Cholera in southern India
Disease focus: Cholera
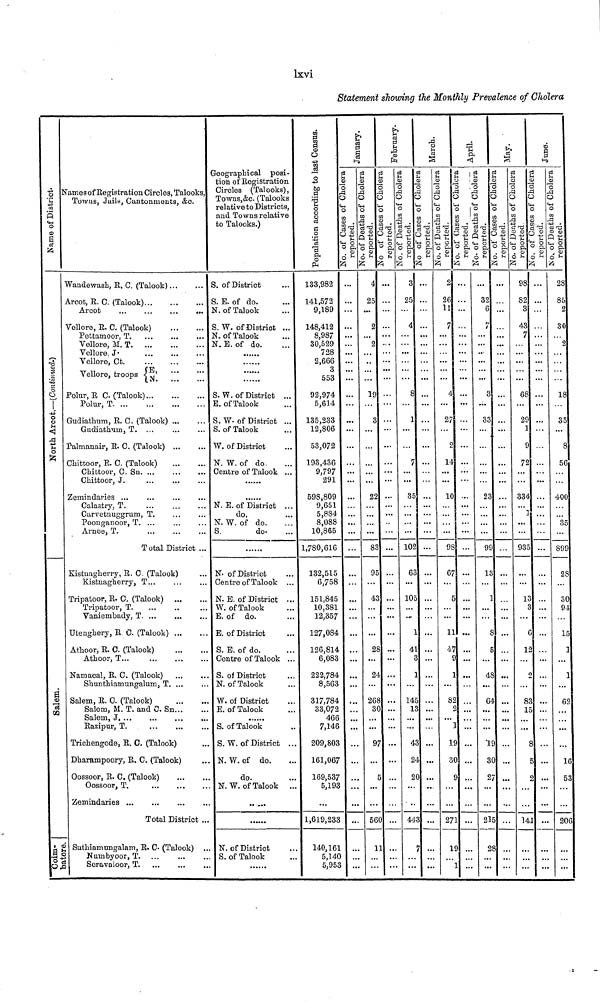
lxvi
Statement showing the Monthly Prevalence of Cholera
Names of District.
North Arcot, –(Continued)
***
Salem
***
Coim- batore.
Names of Registration Circles, Talooks,
Towns, Jails, Cantonments, &c.
Wandewash, R, C. (Talook) ... ...
Arcot, R. C. (Talook)... ... ...
Arcot
...
...
...
...
Vellore, R. C. (Talook) ... ...
Pettamoor, T. ... ... ...
Vellore, M. T
...
...
...
Vellore, J. ...
Vellore, Ct
.
...
Vellore, troope E, ... ...
N. ... ...
Polur, R C. (Talook) ... ... ...
Polur, T . ... ... ... ...
Gudiathum, R. C. (Talook) ... ...
Gudiathum, T . ... ... ...
Palmanair, R. C. (Talook) ... ...
Chittoor, R. C. (Talook)
...
...
Chittoor, C. Sn . ... ... ...
Chittoor, J. ... ... ...
Zemindariea ... ... ... ...
Calastry,
T.
...
...
...
Carvetnuggrum, T. ... ...
Poonganoor, T. ... ... ...
Arnee, T. ... .... ...
T otal District ...
Kistnagherry, R. C (Talook) ...
Kistnagherry, T... ... ...
Tripatoor, R. C. (Talook) ... ...
Tripatoor, T. ... .. ...
Vaniembady, T. ... .. ...
Utenghery, R C. (Talook) ... ...
Athoor, R. C. (Talook) ... ...
Athoor, T .... .... ... ...
Nam acal, R. C. (Talook) ... ...
Shunthiamungalum, T. ... ...
Salem, R. C. (Talook) ... ...
Salem, M. T. and C. Sn... ...
Salem, J. ... ... ... ...
Razipur, T. ... ... ...
Trichengode, R. C. (Talook) ...
Dliarampoory, R. C. (Talook) ...
Oossoor, R. C. (Talook)
...
...
Oossoor, T.
... ... ...
Zemindaries ... ... ... ...
Total District ...
Suthiamungalam, R. C. (Talook) ...
Numbyoor, T . ... ... ...
Seravaloor, T. ... ... ...
Geographical posi-
tion of Registration
Circles (Talooks),
Towns,&c. (Talooks
relative to Districts,
and Towns relative
to Talooks.)
S. of District ...
S. E. of do. ...
N. of Talook ...
S. W. of Distriot ...
N. of Talook ...
N. E. of do. ...
S. W. of District ...
E. of Talook ....
S. W. of District ...
S. of Talook ...
W. of District ...
N. W. of do. ...
Centre of Talook ...
......
N. E. of District ...
do ....
N. W. of do. ...
S.
do. ...
......
N. of District ...
Centro of Talook ...
N. E. of District . ..
W. of Talook ...
E. of do. ...
E. of District ...
S. E. of do. ...
Centre of Talook ...
S. of District ...
N. of Talook ...
W. of District ...
E. of Talook ...
S. of Talook ...
. S. W. of District ...
. N. W. of do. ...
do. ...
. N. W. of Talook ...
. N. of District ...
. S. of Talook ...
Population according to last Census.
133,982
141,572
9,189
148,412
8,987
30,529
728
2,666
3
553
92,974
5,614
135,233
12,806
53,072
193,436
9,797
291
59S,809
9,651
5,884
8,088
10,865
1,780,616
132,515
6,758
151,845
10,381
12,357
127.084
126,814
6,083
222,784
8,563
317,784
33,072
466
7,146
209,80,
161,067
169,537
5,19
...
1,619,23
140,16
5,14
5,95
No of Cases of Cholera reported.
...
...
...
....
...
...
...
...
.....
...
...
...
...
...
...
...
...
...
...
...
...
...
...
...
...
...
...
...
...
...
...
...
...
...
....
7 ... .
7 ... .
3..
1
O
3
January.
No of Deaths of Cholera reported.
4
25
...
2
2.
...
...
19
...
...
...
...
...
...
...
291
...
...
...
...
83
95
...
.
43
...
...
...
. 28
. ....
...24
...
.. ...2
...
...
...
...
...
...
...
...
..
5
...
... ... .
No of Cases of Cholera reported.
...
...
...
...
...
...
...
...
...
....•
...
...
...
...
...
2. ••
...
...
...
...
3... .
5... .
...
3... .
...
...
...
8..41.. .
...•
47
...
.82 .
30 .
...
...
97
...
5
...
...
60
11
...
...
February
No of Deaths of Cholera reported.
3
25.
...
4
...
...
...
8
...
]
...
...
7
...
...
35
...
...
...
...
.
10
67
...
. 105
...
...
...
...
...
...
...
..
14
13
...
...
...
...
...
...
...
... 4 43
...
...
...
March.
No of Cases of Cholera reported.
...
...
...
...
...
...
...
...
...
.....
...
...
.....
...
...
5 ......
...
...
...
...
2 ....
3 ...
...
5. ...
...
...
1. ...
41 ..
3 . ..
1 ....
...
45 . ..
13 ..
...
...
43 . ..
24 ..
20 ..
...
...
13 ..
7 ....
...
....
5
April.
No of Deaths of Cholera reported.
3 2
26
...
7
...
...
...
...
...
27.
...
...
...
...
...
10
...
...
...
...
.935
67
...
...
...
...
12
47
...
...
...
82
...
...
...
1
82
...
...
...
271
...
...
...
May.
No of Cases of Cholera reported.
...
32
...
7
...
...
...
3
...
...33
...
...
...
...
...
23.
...
...
...
...
99
13
...
...
...
...
...
7 ....
9
...
1 ... ...
4
...
2 . ...
6
...
...
...
97
30 ...
3
97
2
....
...
71 ... 21
19 . ...
...
...
No of Deaths of Cholera
...
...
...
...
....
...
...
....
...
...
...
...
...
...
...
...
...
...
...
...
...
...
...
...
...
...
...
...
...
....
...
...
.....
...
...
...
...
...
..
...
...
...
...
...
No of Cases of Cholera re
98
82
...
43
...
...
...
68
...
27
...
...
72
...
...
334
...
...
...
...
93
...
...
1
...
...
...
...
...
...
...
83.
...
...
...
...
...
...
...
...
141
...
...
.....
June
No of Deaths of C
...
...
...
...
...
...
...
3 .....
...
) .....
1 ....
9 ...
2 ...
...
...
4 .....
.....
...
...
...
5 ...
...
...
3 .....
3 .....
...
6 .. ...
121 ..
...
...
...
33 ..
15 ...
...
...
8 ...
5 ....
2 ...
...
...
41 ....
...
...
....
No of Cases
28
85
2
30
...
...
...
18
...
35
...
....
56
...
...
400
...
... 35
...
899
28
...
30
94
...
15
1
...
1
...
62
...
...
...
...
16
53
...
...
.
206
...
...
...